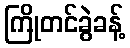
ကြိုတင်ခွဲခန့်